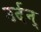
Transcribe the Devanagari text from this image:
उर्दन्